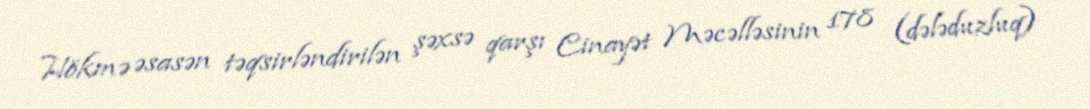
Hökmə əsasən təqsirləndirilən şəxsə qarşı Cinayət Məcəlləsinin 178 (dələduzluq)